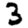
Digit: 3